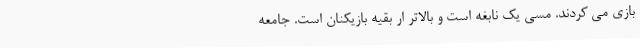
بازی می کردند. مسی یک نابغه است و بالاتر ار بقیه بازیکنان است. جامعه